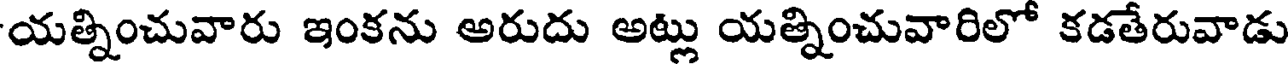
యత్నించువారు ఇంకను అరుదు అట్లు యత్నించువారిలో కడతేరువాడు